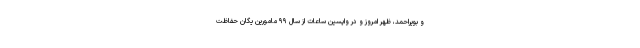
و بویراحمد، ظهر امروز و در واپسین ساعات از سال ۹۹ مامورین یگان حفاظت